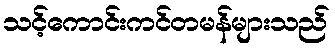
သင့်ကောင်းကင်တမန်များသည်